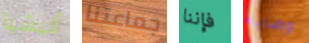
أليشيا جماعتنا فإننا وصاية